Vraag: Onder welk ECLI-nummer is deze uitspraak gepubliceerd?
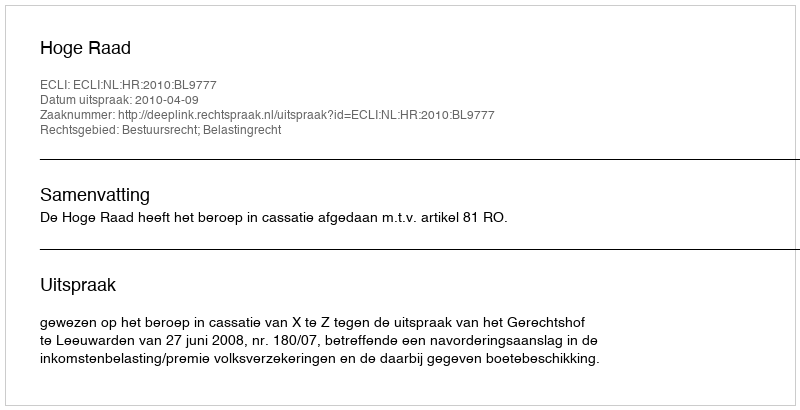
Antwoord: ECLI:NL:HR:2010:BL9777